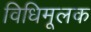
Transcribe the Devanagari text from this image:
विधिमूलक